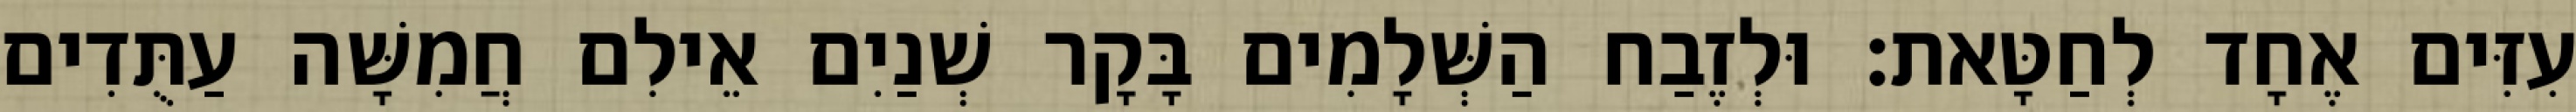
עִזִּים אֶחָד לְחַטָּאת׃ וּלְזֶבַח הַשְּׁלָמִים בָּקָר שְׁנַיִם אֵילִם חֲמִשָּׁה עַתֻּדִים